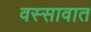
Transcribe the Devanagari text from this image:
वस्सावात